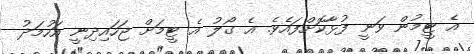
އެ ޓީމުން ވަނީ ފުޅާކޮށްފައެވެ. އެ ގޯލު އެ ޓީމަށް ޖަހައިދިނީ އަހުމަދު